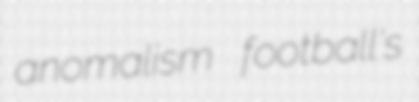
anomalism football's